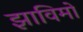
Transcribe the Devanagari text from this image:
झाविमो